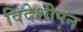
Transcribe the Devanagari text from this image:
विदेशीपन